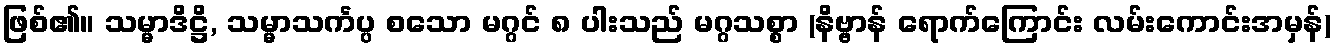
ဖြစ်၏။ သမ္မာဒိဋ္ဌိ, သမ္မာသင်္ကပ္ပ စသော မဂ္ဂင် ၈ ပါးသည် မဂ္ဂသစ္စာ (နိဗ္ဗာန် ရောက်ကြောင်း လမ်းကောင်းအမှန်)